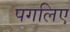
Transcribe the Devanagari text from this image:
पगलिए